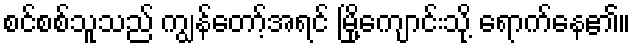
စင်စစ်သူသည် ကျွန်တော့်အရင် မြို့ကျောင်းသို့ ရောက်နေ၏။